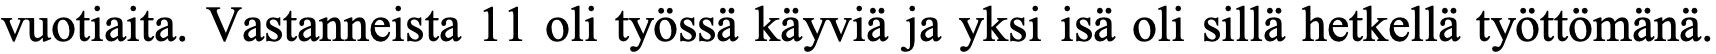
vuotiaita. Vastanneista 11 oli työssä käyviä ja yksi isä oli sillä hetkellä työttömänä.